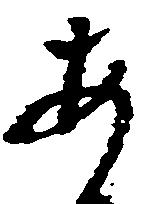
あ